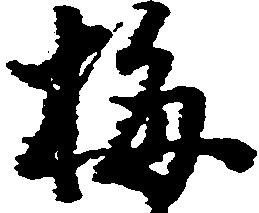
梅